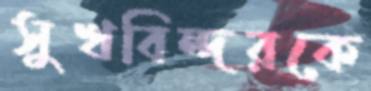
সুখবিন্দরকে